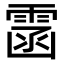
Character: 䨡